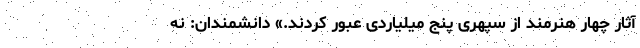
آثار چهار هنرمند از سپهری پنج میلیاردی عبور کردند.» دانشمندان: نه